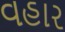
વહાર